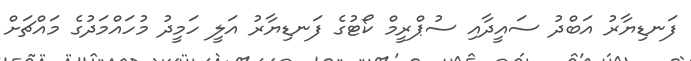
ފަނޑިޔާރު އަބްދު ސައީދާއި ސުޕްރީމް ކޯޓުގެ ފަނޑިޔާރު އަލީ ހަމީދު މުހައްމަދުގެ މައްޗަށް